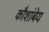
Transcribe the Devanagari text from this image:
कौशांबेय